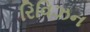
રિવિઝન